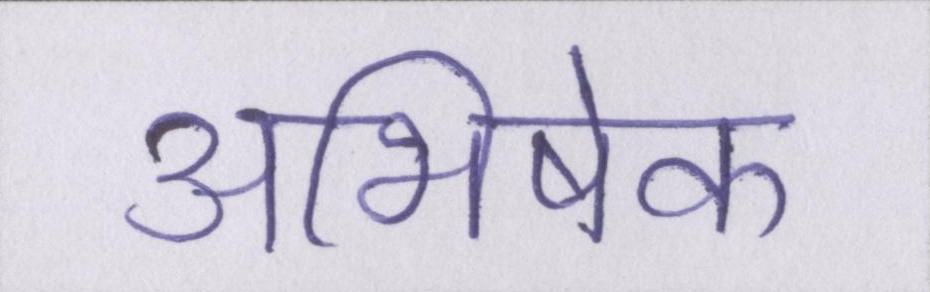
अभिषेक